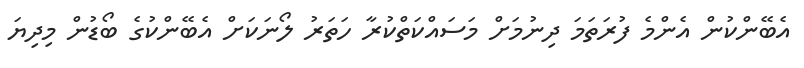
އެބޭންކުން އެންމެ ފުރަތަމަ ދިނުމަށް މަސައްކަތްކުރާ ހަތަރު ލޯނަކަށް އެބޭންކުގެ ބޯޑުން މިދިޔަ